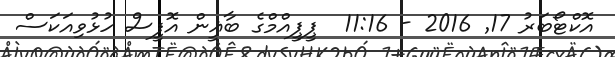
އޮކްޓޯބަރު 17